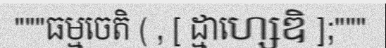
"""ធម្មចេតិ ( , [ ដ្មាហ្សេឌិ ];"""